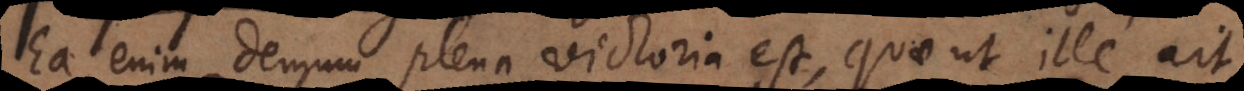
Ea enim demum plena victoria est, quae ut ille ait,